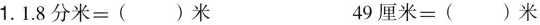
1.1.8分米=()米 49厘米=()米